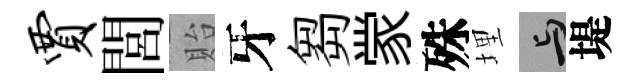
贾閭貽牙芻䝉殊埋与堤